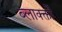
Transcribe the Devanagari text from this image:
ब्लाक्क्तों